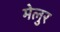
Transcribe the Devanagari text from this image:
मेलुर